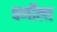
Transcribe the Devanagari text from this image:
वर्णीला